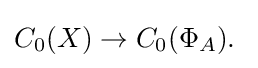
C_{0}(X)\to C_{0}(\Phi _{A}).\